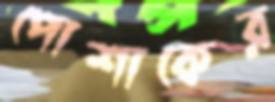
পোশাকের